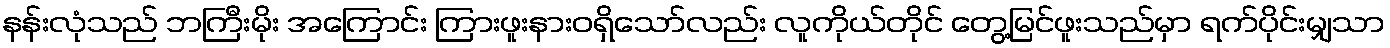
နန်းလုံသည် ဘကြီးမိုး အကြောင်း ကြားဖူးနားဝရှိသော်လည်း လူကိုယ်တိုင် တွေ့မြင်ဖူးသည်မှာ ရက်ပိုင်းမျှသာ